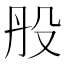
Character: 𣪂